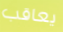
يعاقب